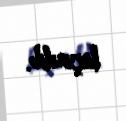
keçirilib.